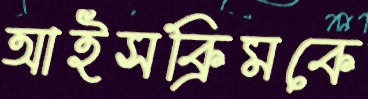
আইসক্রিমকে